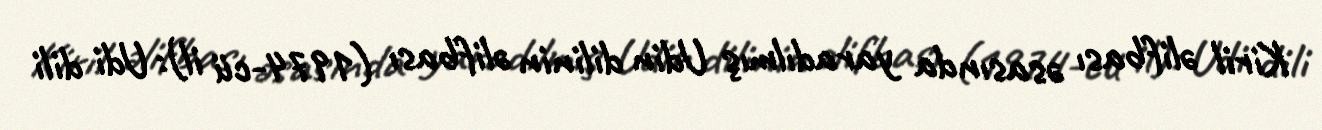
Kiril əlifbası əsasında yaradılmış Udin dilinin əlifbası (1974-cü il): Udi dili